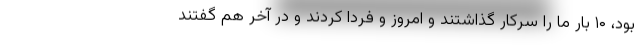
بود، ۱۰ بار ما را سرکار گذاشتند و امروز و فردا کردند و در آخر هم گفتند